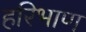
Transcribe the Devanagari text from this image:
हरिभाण